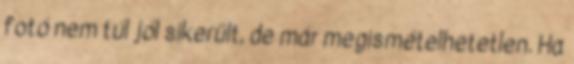
fotó nem túl jól sikerült, de már megismételhetetlen. Ha